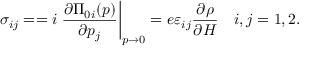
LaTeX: \sigma _ { i j } = = i \left. \frac { \partial \Pi _ { 0 i } ( p ) } { \partial p _ { j } } \right| _ { p \rightarrow 0 } = e \varepsilon _ { i j } \frac { \partial \rho } { \partial H } \quad i , j = 1 , 2 .